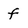
Character: f